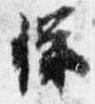
保